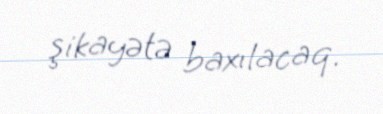
şikayətə baxılacaq.